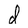
Character: d